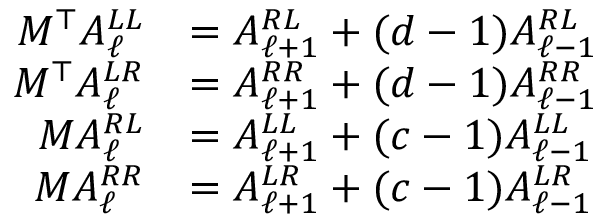
\begin{array} { r l } { M ^ { \top } A _ { \ell } ^ { L L } } & { = A _ { \ell + 1 } ^ { R L } + ( d - 1 ) A _ { \ell - 1 } ^ { R L } } \\ { M ^ { \top } A _ { \ell } ^ { L R } } & { = A _ { \ell + 1 } ^ { R R } + ( d - 1 ) A _ { \ell - 1 } ^ { R R } } \\ { M A _ { \ell } ^ { R L } } & { = A _ { \ell + 1 } ^ { L L } + ( c - 1 ) A _ { \ell - 1 } ^ { L L } } \\ { M A _ { \ell } ^ { R R } } & { = A _ { \ell + 1 } ^ { L R } + ( c - 1 ) A _ { \ell - 1 } ^ { L R } } \end{array}